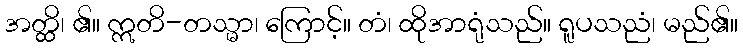
အတ္ထိ၊ ၏။ ဣတိ-တသ္မာ၊ ကြောင့်။ တံ၊ ထိုအာရုံသည်။ ရူပသညံ၊ မည်၏။